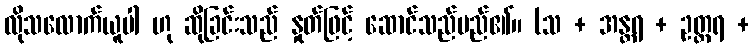
လိုသလောက်ယူပါ ဟု ဆိုခြင်းသည် နှုတ်ဖြင့် ဆောင်သည်မည်၏။ (သ + အန္တရ + ဥတ္တရ +